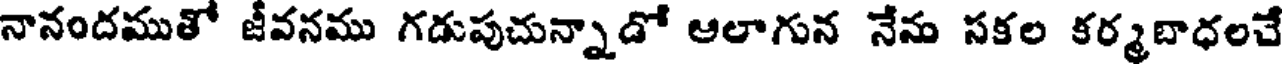
నానందముతో జీవనము గడుపుచున్నాడో ఆలాగున నేను సకల కర్మబాధలచే